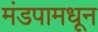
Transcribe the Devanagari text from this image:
मंडपामधून